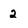
Character: 2